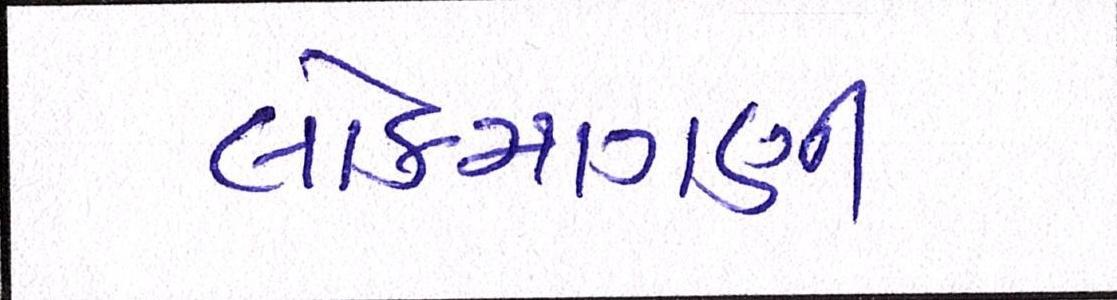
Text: લોકમાગણી